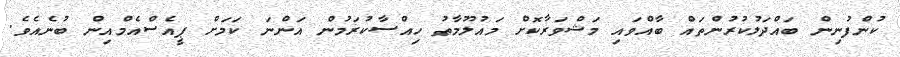
ކުންފުނިން ބައްދަލުކުރުންތައް ބާއްވައި މަޝްވަރާކޮށް މައުލޫމާތު ހިއްސާކުރަމުން އަންނަ ކަމަށް ޕީއެސްއެމްއިން ބުނެއެވެ.